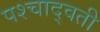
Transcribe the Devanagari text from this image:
पश्चाद्वती